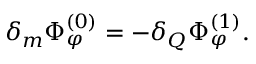
\delta _ { m } \Phi _ { \varphi } ^ { ( 0 ) } = - \delta _ { Q } \Phi _ { \varphi } ^ { ( 1 ) } .